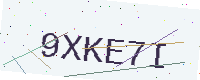
Text: 9XKE7I